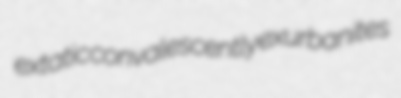
extatic convalescently exurbanites